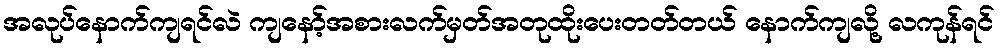
အလုပ်နောက်ကျရင်လဲ ကျနော့်အစားလက်မှတ်အတုထိုးပေးတတ်တယ် နောက်ကျလို့ လကုန်ရင်